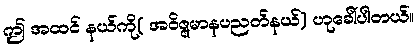
ဤ အထင် နယ်ကို( အဝိဇ္ဇမာနပညတ်နယ်) ဟုခေါ်ပါတယ်။